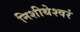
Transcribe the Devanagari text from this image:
निशीथेश्वरं